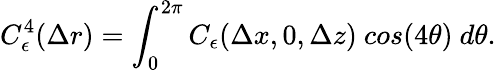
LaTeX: C_{\epsilon}^{4}(\Delta r)=\int_{0}^{2\pi}C_{\epsilon}(\Delta x,0,\Delta z)~cos(4\theta)~d\theta.